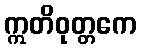
ဣတိဝုတ္တကေ